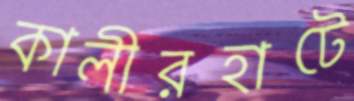
কালীরহাটে